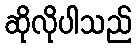
ဆိုလိုပါသည်